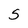
Character: 5